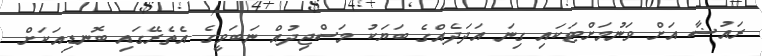
ރައުޟާ އަށް ވަނުމަށްޓަކައި ގިނަ އަދަދެއްގެ ބަޔަކު މަސްޖިދުއް ނަބަވީގެ އެތެރޭގައި ބޮނޑިއަކަށް